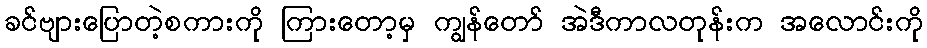
ခင်ဗျားပြောတဲ့စကားကို ကြားတော့မှ ကျွန်တော် အဲဒီကာလတုန်းက အလောင်းကို